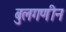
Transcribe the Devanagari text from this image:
बुलगणीन